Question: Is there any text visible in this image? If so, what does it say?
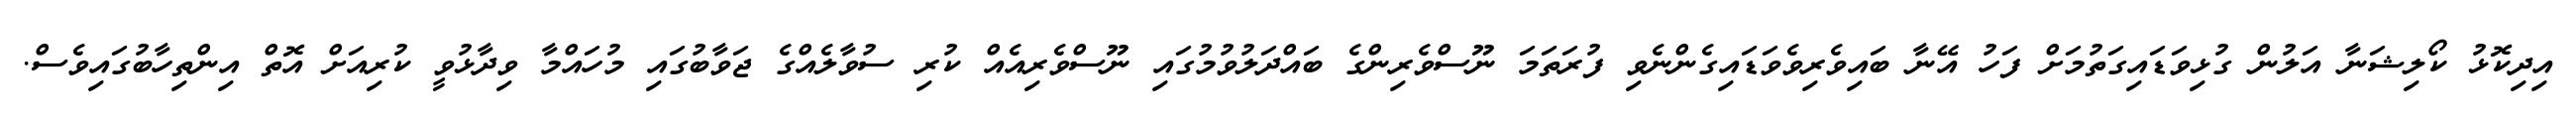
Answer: އިދިކޮޅު ކޯލިޝަނާ އަލުން ގުޅިވަޑައިގަތުމަށް ފަހު އޭނާ ބައިވެރިވެވަޑައިގެންނެވި ފުރަތަމަ ނޫސްވެރިންގެ ބައްދަލުވުމުގައި ނޫސްވެރިއެއް ކުރި ސުވާލެއްގެ ޖަވާބުގައި މުހައްމާ ވިދާޅުވީ ކުރިއަށް އޮތް އިންތިހާބުގައިވެސް.